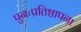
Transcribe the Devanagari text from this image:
पुनःप्रतिष्ठापना